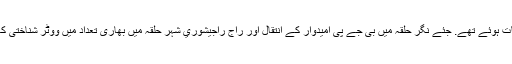
ریاست کی 224 رکنی اسمبلی کے لئے 222 سیٹوں پر انتخابات ہوئے تھے. جئے نگر حلقہ میں بی جے پی امیدوار کے انتقال اور راج راجیشوري شہر حلقہ میں بھاری تعداد میں ووٹر شناختی کارڈ برآمد کئے جانے کی وجہ سے انتخابات منسوخ کر دیا گیا۔